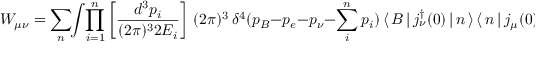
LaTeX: W _ { \mu \nu } = \sum _ { n } \! \! \int \! \prod _ { i = 1 } ^ { n } \left[ \frac { d ^ { 3 } p _ { i } } { ( 2 \pi ) ^ { 3 } 2 E _ { i } } \right] \, ( 2 \pi ) ^ { 3 } \, \delta ^ { 4 } ( p _ { B } - p _ { e } - p _ { \nu } - \sum _ { i } ^ { n } p _ { i } ) \, \langle \, B \, | \, j _ { \nu } ^ { \dagger } ( 0 ) \, | \, n \, \rangle \, \langle \, n \, | \, j _ { \mu } ( 0 ) \, | \, B \, \rangle .